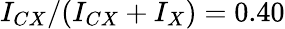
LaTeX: I_{CX}/(I_{CX}+I_{X})=0.40